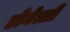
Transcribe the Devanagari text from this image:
डोनेल्ली